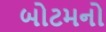
બોટમનો